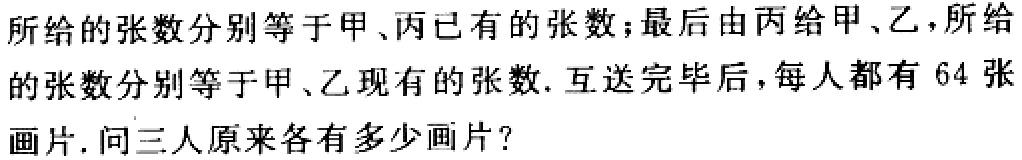
所给的张数分别等于甲、丙已有的张数；最后由丙给甲、乙，所给的张数分别等于甲、乙现有的张数. 互送完毕后，每人都有$64$张画片. 问三人原来各有多少画片？